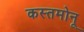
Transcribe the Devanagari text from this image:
कस्तमोनू